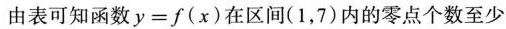
由表可知函数$$y=f(x)$$在区间(1，7)内的零点个数至少